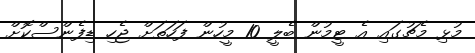
މުޅި މެޗުގައި އެ ޓީމުން ބެލީ 10 މީހުން ފަހަތަށް ޖެހި ޑިފެންސްކޮށް